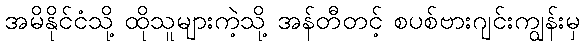
အမိနိုင်ငံသို့ ထိုသူများကဲ့သို့ အန်တီတင့် စပစ်ဗားဂျင်းကျွန်းမှ